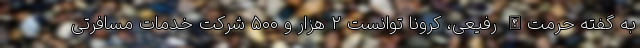
به گفته حرمت‌الله رفیعی، کرونا توانست ۲ هزار و ۵۰۰ شرکت خدمات مسافرتی